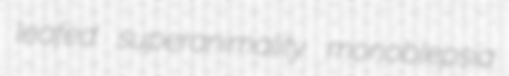
leafed superanimality monoblepsia